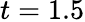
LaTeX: t=1.5